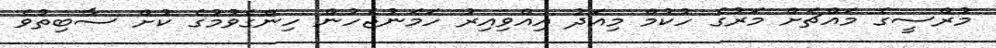
މުރްސީގެ މައްޗަށް މަރުގެ ހުކުމް މިއަދު އިއްވިއިރު ހަމަނުޖެހުން ހިންގެވުމުގެ ކުށް ސާބިތުވެ